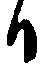
日